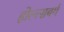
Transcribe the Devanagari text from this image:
होल्त्सबर्ग